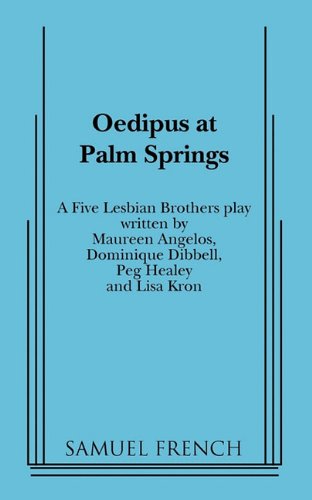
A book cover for Oedipus at Palm Springs; Five Lesbian Brothers; Literature & Fiction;